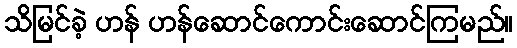
သိမြင်ခဲ့ ဟန် ဟန်ဆောင်ကောင်းဆောင်ကြမည်။